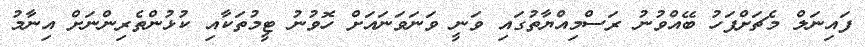
ފައިނަލް މެޗަށްފަހު ބޭއްވުނު ރަސްްމިއްޔާތުގައި ވަނީ ވަނަވަނައަށް ހޮވުނު ޓީމުތަކާއި ކުޅުންތެރިންނަށް އިނާމު